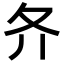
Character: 𡕓